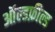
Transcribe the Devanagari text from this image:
ऑल्डफ़ील्ड